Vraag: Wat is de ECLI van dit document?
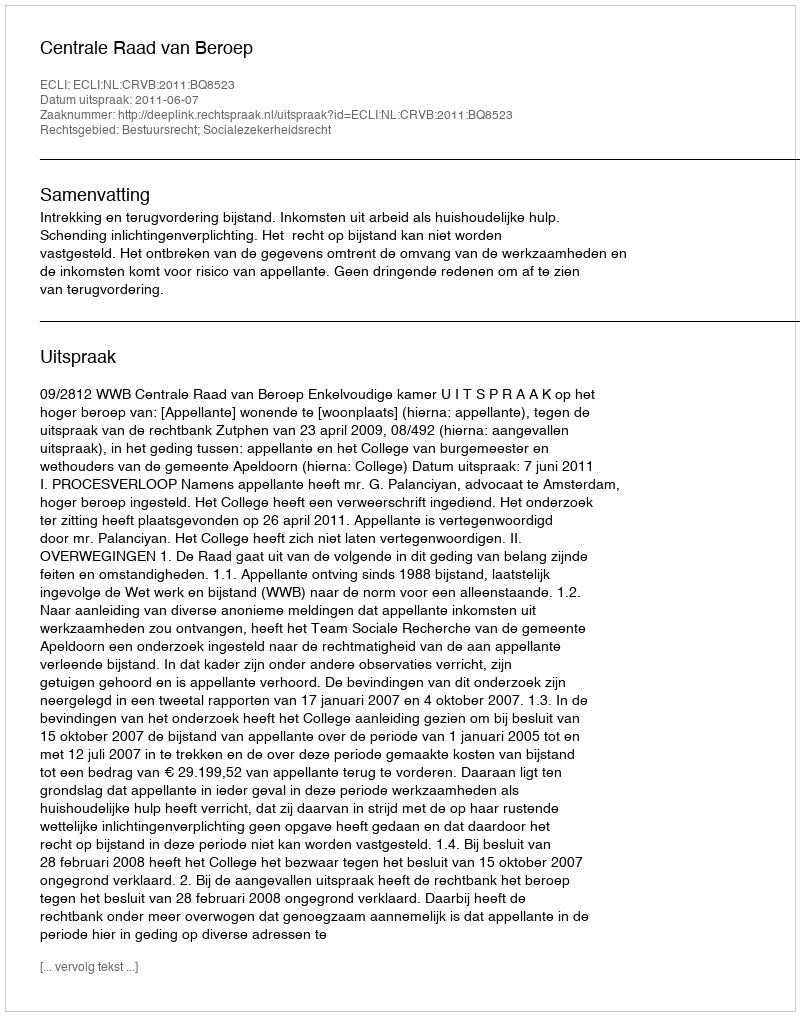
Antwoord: ECLI:NL:CRVB:2011:BQ8523